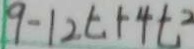
9 - 1 2 t + 4 t ^ { 2 }